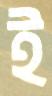
ই